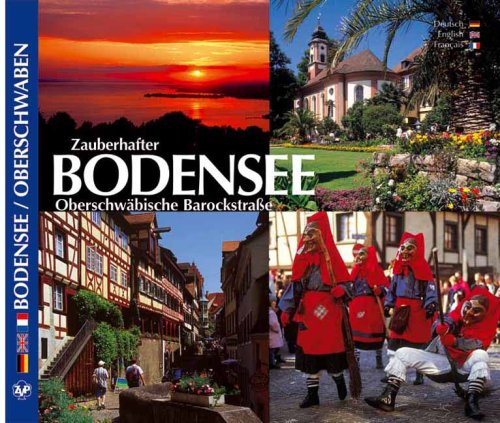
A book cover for Lake Constance: Pictorial Tours; Teklenborg; Travel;